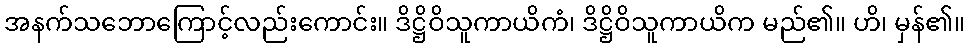
အနက်သဘောကြောင့်လည်းကောင်း။ ဒိဋ္ဌိဝိသူကာယိကံ၊ ဒိဋ္ဌိဝိသူကာယိက မည်၏။ ဟိ၊ မှန်၏။